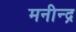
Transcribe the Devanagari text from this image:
मनीन्द्र